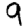
Digit: 9